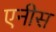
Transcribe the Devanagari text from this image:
एनीस